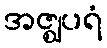
အဇ္ဈပရံ